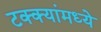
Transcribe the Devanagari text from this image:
टक्‍क्‍यांमध्ये